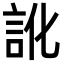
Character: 訛